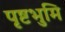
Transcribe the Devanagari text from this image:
पृष्टभुमि